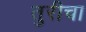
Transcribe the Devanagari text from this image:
तुरीचा